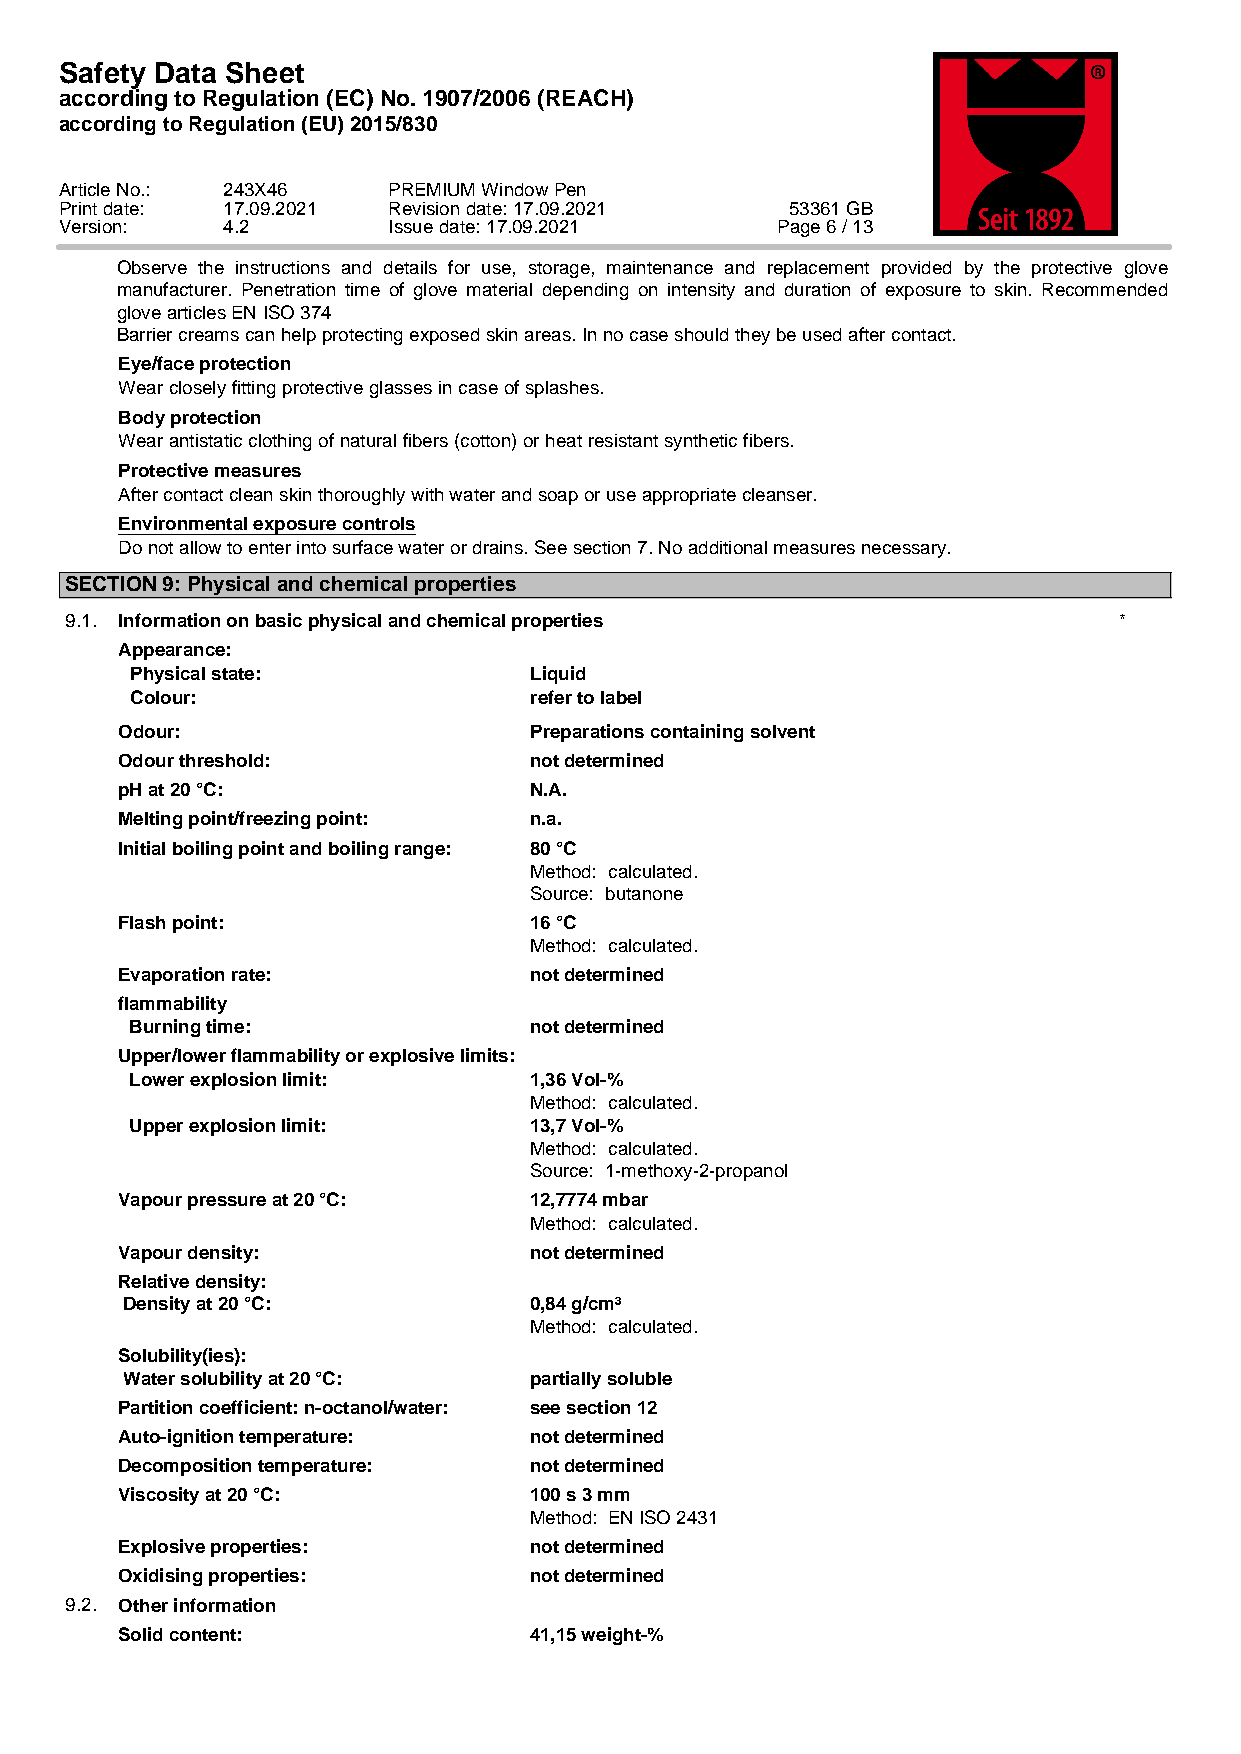
Safety Data Sheet
 according to Regulation (EC) No. 1907/2006 (REACH)
 according to Regulation (EU) 2015/830
 Article No.: 243X46   PREMIUM Window Pen
 Print date: 17.09.2021 Revision date: 17.09.2021 53361 GB
 Version:   4.2        Issue date: 17.09.2021   Page 6 / 13
 Observe the instructions and details for use, storage, maintenance and replacement provided by the protective glove
 manufacturer. Penetration time of glove material depending on intensity and duration of exposure to skin. Recommended
 glove articles EN ISO 374
 Barrier creams can help protecting exposed skin areas. In no case should they be used after contact.
 Eye/face protection
 Wear closely fitting protective glasses in case of splashes.
 Body protection
 Wear antistatic clothing of natural fibers (cotton) or heat resistant synthetic fibers.
 Protective measures
 After contact clean skin thoroughly with water and soap or use appropriate cleanser.
 Environmental exposure controls
 Do not allow to enter into surface water or drains. See section 7. No additional measures necessary.
 SECTION 9: Physical and chemical properties
 9.1. Information on basic physical and chemical properties            *
 Appearance:
 Physical state:           Liquid
 Colour:                   refer to label
 Odour:                     Preparations containing solvent
 Odour threshold:           not determined
 pH at 20 °C:               N.A.
 Melting point/freezing point: n.a.
 Initial boiling point and boiling range: 80 °C
 Method: calculated.
 Source: butanone
 Flash point:               16 °C
 Method: calculated.
 Evaporation rate:          not determined
 flammability
 Burning time:             not determined
 Upper/lower flammability or explosive limits:
 Lower explosion limit:    1,36 Vol-%
 Method: calculated.
 Upper explosion limit:    13,7 Vol-%
 Method: calculated.
 Source: 1-methoxy-2-propanol
 Vapour pressure at 20 °C:  12,7774 mbar
 Method: calculated.
 Vapour density:            not determined
 Relative density:
 Density at 20 °C:          0,84 g/cm³
 Method: calculated.
 Solubility(ies):
 Water solubility at 20 °C: partially soluble
 Partition coefficient: n-octanol/water: see section 12
 Auto-ignition temperature: not determined
 Decomposition temperature: not determined
 Viscosity at 20 °C:        100 s 3 mm
 Method: EN ISO 2431
 Explosive properties:      not determined
 Oxidising properties:      not determined
 9.2. Other information
 Solid content:             41,15 weight-%